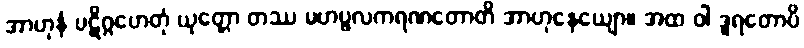
အာဟုနံ ပဋိဂ္ဂဟေတုံ ယုတ္တော တဿ မဟပ္ဖလကရဏတောတိ အာဟုနေယျော။ အထ ဝါ ဒူရတောပိ